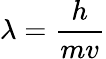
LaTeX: \lambda={\frac{h}{mv}}